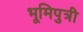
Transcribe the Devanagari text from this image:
भूमिपुत्री